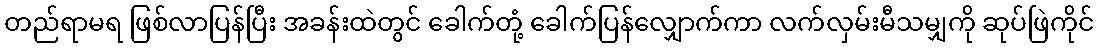
တည်ရာမရ ဖြစ်လာပြန်ပြီး အခန်းထဲတွင် ခေါက်တုံ့ ခေါက်ပြန်လျှောက်ကာ လက်လှမ်းမီသမျှကို ဆုပ်ဖြဲကိုင်